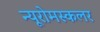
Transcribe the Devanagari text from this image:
न्यूरोमस्कलर